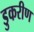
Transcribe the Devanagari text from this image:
डुकरीण